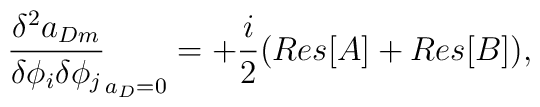
\frac{\delta ^2 a_{Dm} }{\delta \phi_i \delta \phi_j}_{a_{D}=0} = +\frac{i}{2} ( Res [A] + Res [B] ),